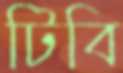
টিবি